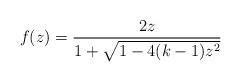
LaTeX: \begin{align*}f(z) = \frac{2z}{1+\sqrt{1-4(k-1)z^2}}\end{align*}